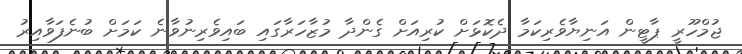
ޖުމްހޫރީ ޕާޓީން އަނިޔާވެރިކަމާ ދެކޮޅަށް ކުރިއަށް ގެންދާ މުޒާހަރާގައި ބައިވެރިނުވާނެ ކަމަށް ބުނެފަވާއިރު